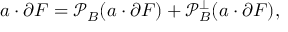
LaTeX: a \cdot \partial F = { \mathcal { P } } _ { B } ( a \cdot \partial F ) + { \mathcal { P } } _ { B } ^ { \perp } ( a \cdot \partial F ) ,